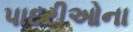
પાદરીઓના